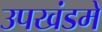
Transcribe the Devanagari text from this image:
उपखंडमे